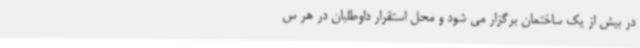
در بیش از یک ساختمان برگزار می شود و محل استقرار داوطلبان در هر س